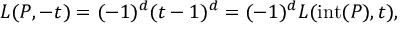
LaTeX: L ( P , - t ) = ( - 1 ) ^ { d } ( t - 1 ) ^ { d } = ( - 1 ) ^ { d } L ( \operatorname { i n t } ( P ) , t ) ,